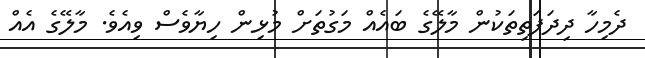
ދެމިހާ ދިދަފަތިތަކުން މާލޭގެ ބައެއް މަގުތަށް މުޅިން ހިޔާވެސް ވިއެވެ. މާލޭގެ އެއް